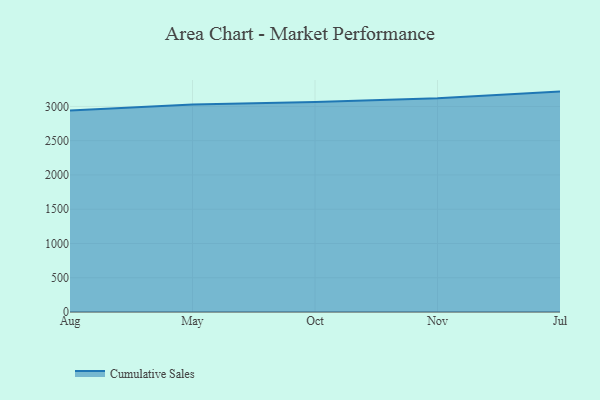
{"axis": {"x": "Month", "y": "Website Visitors"}, "legend": ["Cumulative Sales"], "data": [{"x": "Aug", "y": 2940.7, "type": "Cumulative Sales"}, {"x": "May", "y": 3027.5, "type": "Cumulative Sales"}, {"x": "Oct", "y": 3063.3, "type": "Cumulative Sales"}, {"x": "Nov", "y": 3117.7, "type": "Cumulative Sales"}, {"x": "Jul", "y": 3216.5, "type": "Cumulative Sales"}]}